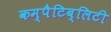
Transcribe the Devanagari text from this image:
कम्पैटिब्लिटी